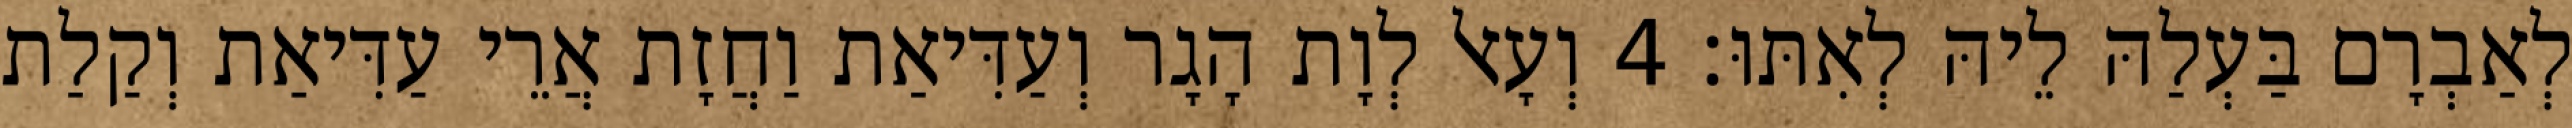
לְאַבְרָם בַּעְלַהּ לֵיהּ לְאִתּוּ׃ 4 וְעָאל לְוָת הָגָר וְעַדִּיאַת וַחֲזָת אֲרֵי עַדִּיאַת וְקַלַת